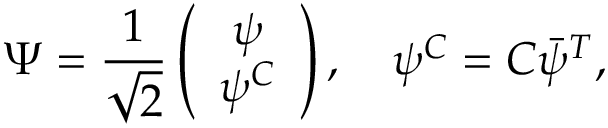
\Psi = \frac { 1 } { \sqrt { 2 } } \left( \begin{array} { c } { { \psi } } \\ { { \psi ^ { C } } } \end{array} \right) , \quad \psi ^ { C } = C \bar { \psi } ^ { T } ,